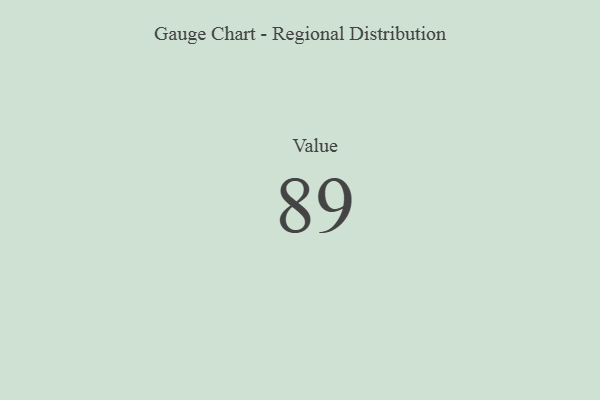
{"axis": {"x": "Metric", "y": "Value"}, "legend": [""], "data": [{"x": "Value", "y": 89, "type": ""}]}